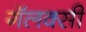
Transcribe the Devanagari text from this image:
गॅलक्सी